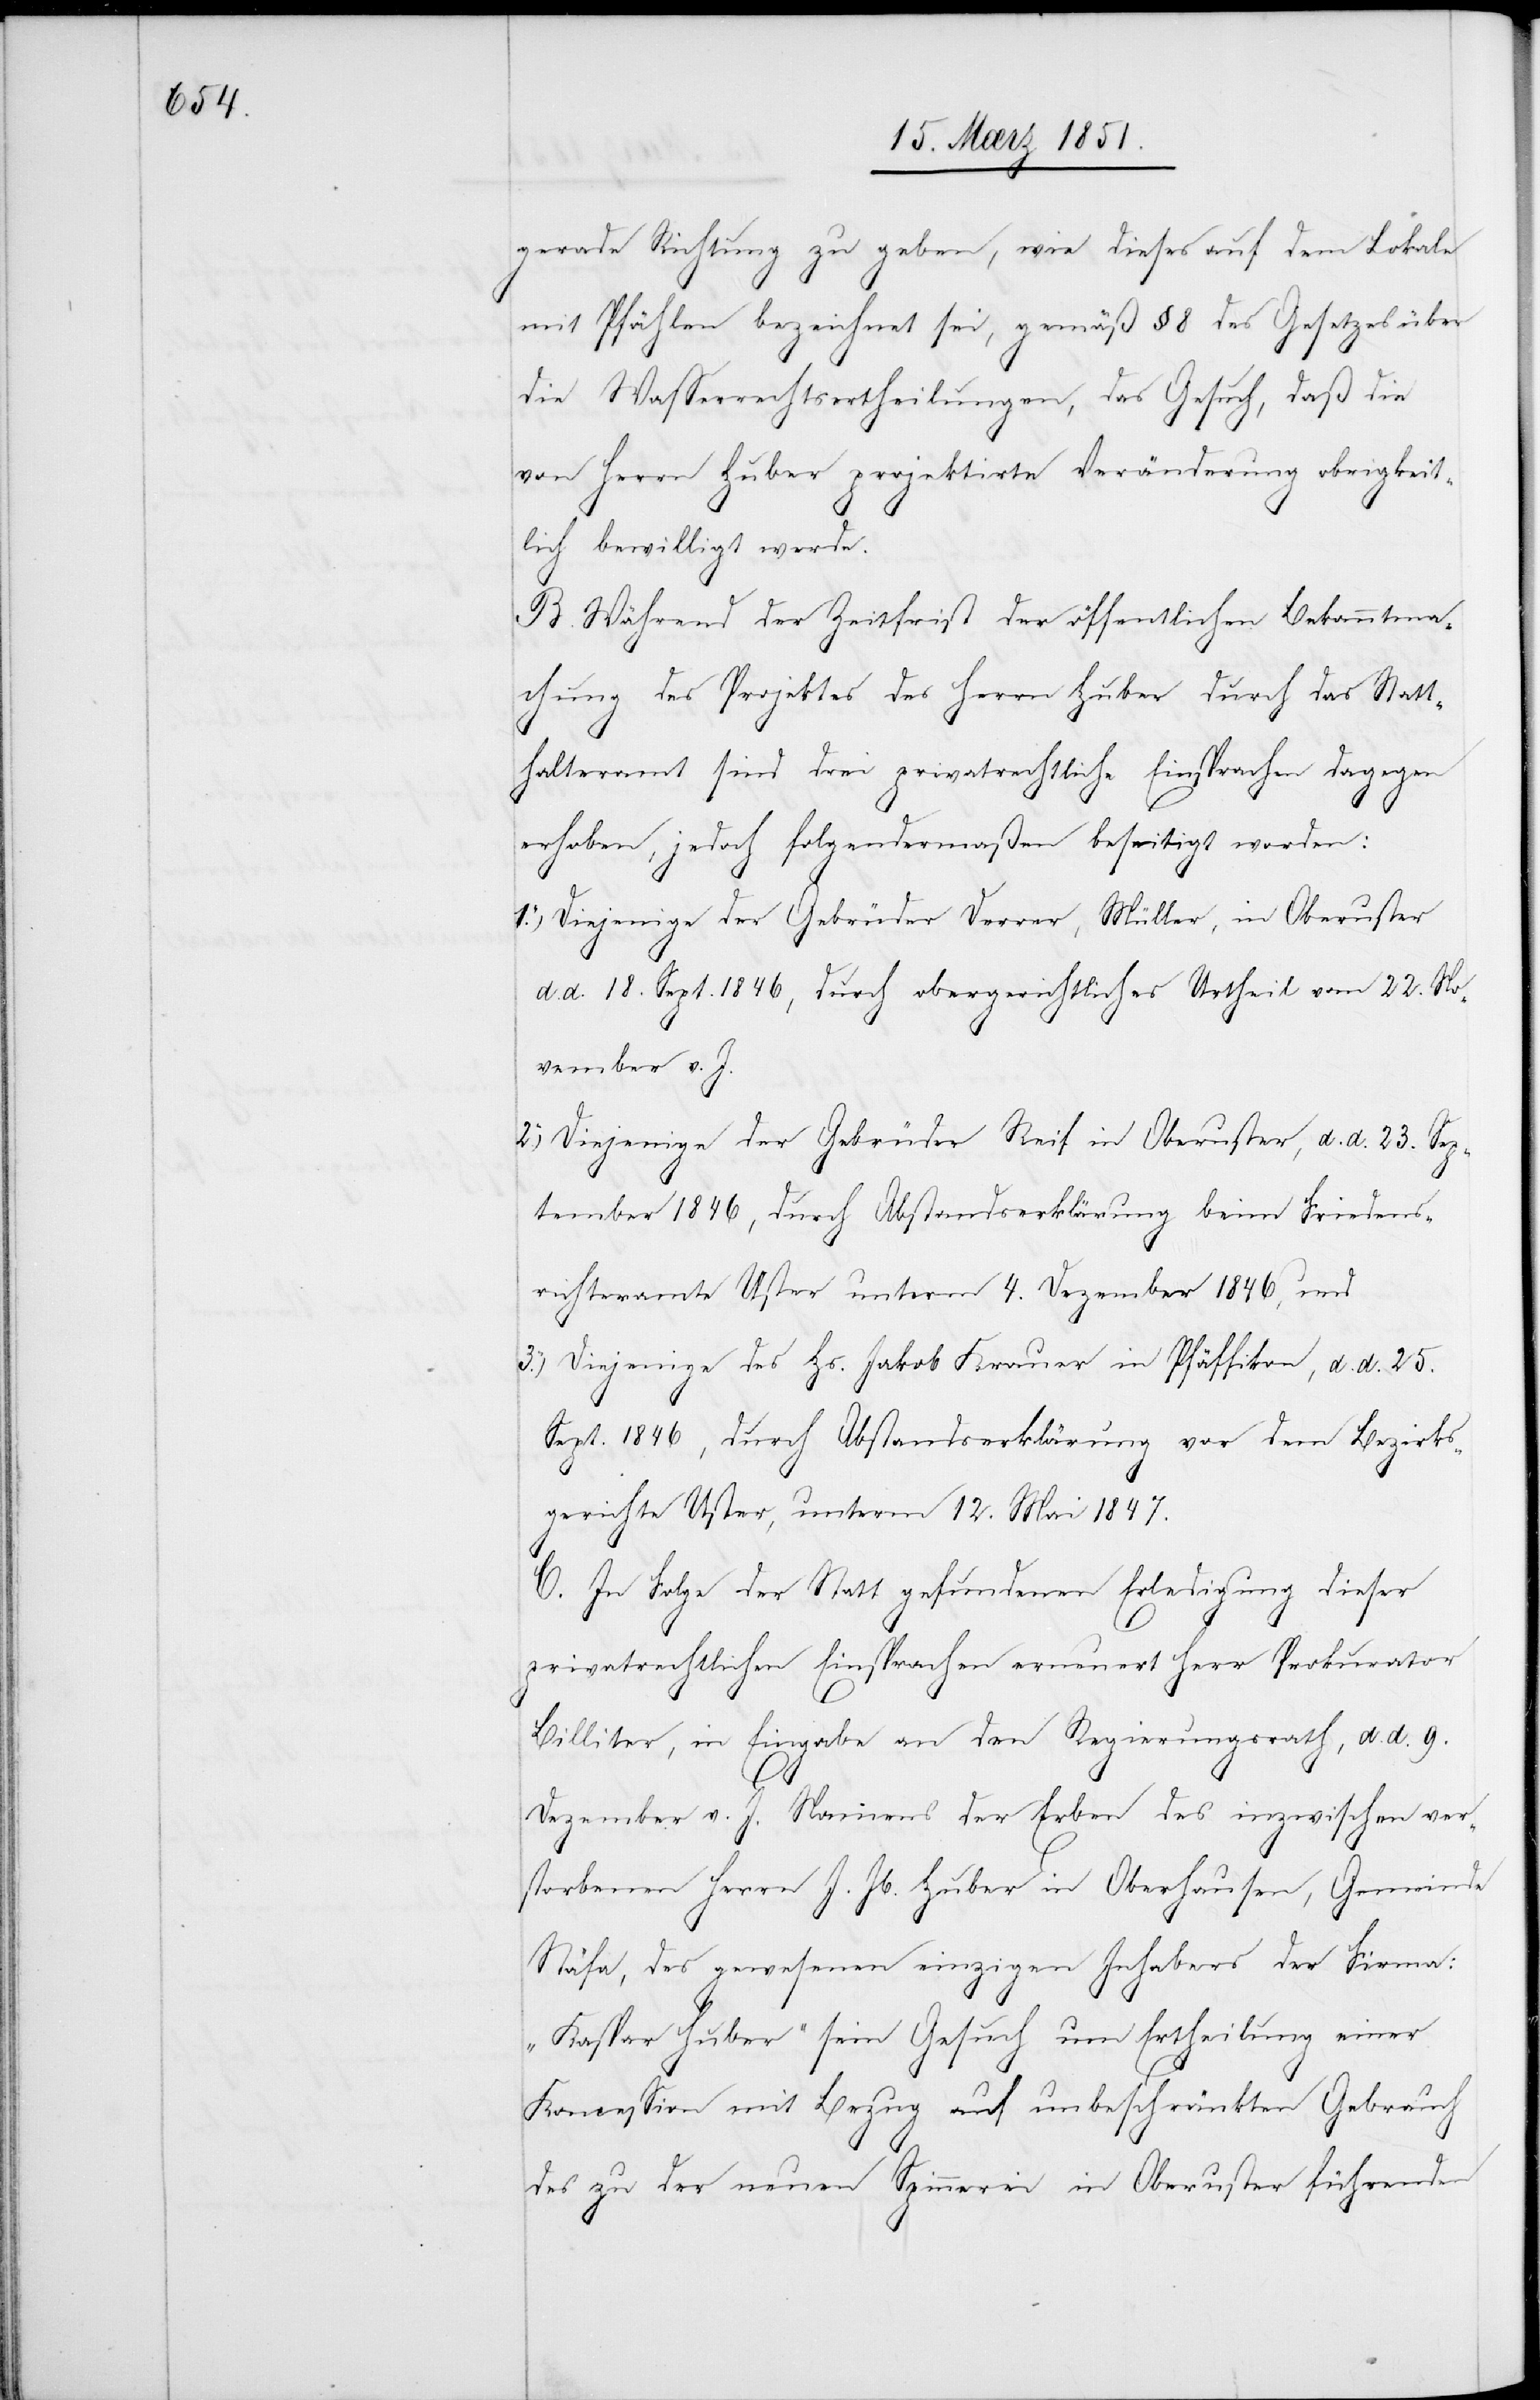
gerade Richtung zu geben, wie dieses auf dem Lokale
mit Pfählen bezeichnet sei, gemäß § 8 des Gesetzes über
die Wasserrechtsertheilungen, das Gesuch, daß die
von Herrn Huber projektirte Veränderung obrigkeit¬
lich bewilligt werde.
B. Während der Zeitfrist der öffentlichen Bekanntma¬
chung des Projektes des Herrn Huber durch das Statt¬
halteramt sind drei privatrechtliche Einsprachen dagegen
erhoben, jedoch folgendermaßen beseitigt worden:
Diejenige der Gebrüder Derrer, Müller, in Oberuster
d. d. 18. Sept. 1846, durch obergerichtliches Urtheil vom 22. No¬
vember v. J.
Diejenige der Gebrüder Reif in Oberuster, d. d. 23. Sep¬
tember 1846, durch Abstandserklärung beim Friedens¬
richteramte Uster unterm 4. Dezember 1846, und
Diejenige des Hs. Jakob Krauer in Pfäffikon, d. d. 25.
Sept. 1846, durch Abstandserklärung vor dem Bezirks¬
gerichte Uster, unterm 12. Mai 1847.
C. In Folge der Statt gefundenen Erledigung dieser
privatrechtlichen Einsprachen erneuert Herr Prokurator
Billiter, in Eingabe an den Regierungsrath, d. d. 9.
Dezember v. J. Namens der Erben des inzwischen ver¬
storbenen Herrn J. Jb. Huber in Oberhausen, Gemeinde
Stäfa, des gewesenen einzigen Inhabers der Firma:
„Kaspar Huber“ sein Gesuch um Ertheilung einer
Koncession mit Bezug auf unbeschränkten Gebrauch
des zu der neuen Spinnerei in Oberuster führenden